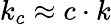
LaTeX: k_{c}\approx c\cdot k